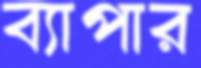
ব্যাপার